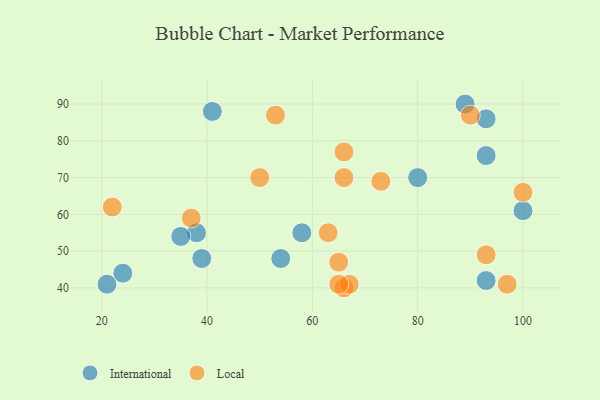
{"axis": {"x": "GDP", "y": "Life Expectancy"}, "legend": ["International", "Local"], "data": [{"x": "24", "y": 44, "type": "International"}, {"x": "100", "y": 61, "type": "International"}, {"x": "38", "y": 55, "type": "International"}, {"x": "41", "y": 88, "type": "International"}, {"x": "39", "y": 48, "type": "International"}, {"x": "58", "y": 55, "type": "International"}, {"x": "93", "y": 42, "type": "International"}, {"x": "80", "y": 70, "type": "International"}, {"x": "54", "y": 48, "type": "International"}, {"x": "93", "y": 86, "type": "International"}, {"x": "21", "y": 41, "type": "International"}, {"x": "35", "y": 54, "type": "International"}, {"x": "93", "y": 76, "type": "International"}, {"x": "89", "y": 90, "type": "International"}, {"x": "37", "y": 59, "type": "Local"}, {"x": "66", "y": 40, "type": "Local"}, {"x": "73", "y": 69, "type": "Local"}, {"x": "97", "y": 41, "type": "Local"}, {"x": "93", "y": 49, "type": "Local"}, {"x": "53", "y": 87, "type": "Local"}, {"x": "50", "y": 70, "type": "Local"}, {"x": "65", "y": 47, "type": "Local"}, {"x": "66", "y": 77, "type": "Local"}, {"x": "22", "y": 62, "type": "Local"}, {"x": "100", "y": 66, "type": "Local"}, {"x": "66", "y": 70, "type": "Local"}, {"x": "90", "y": 87, "type": "Local"}, {"x": "63", "y": 55, "type": "Local"}, {"x": "67", "y": 41, "type": "Local"}, {"x": "65", "y": 41, "type": "Local"}]}